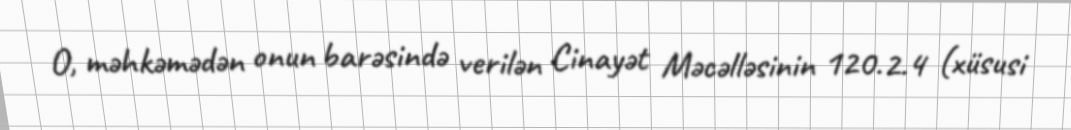
O, məhkəmədən onun barəsində verilən Cinayət Məcəlləsinin 120.2.4 (xüsusi